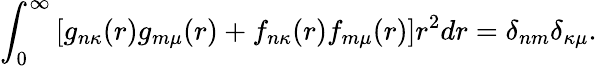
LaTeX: \int_{0}^{\infty}\left[g_{n\kappa}(r)g_{m\mu}(r)+f_{n\kappa}(r)f_{m\mu}(r)\right]r^{2}dr=\delta_{nm}\delta_{\kappa\mu}.